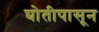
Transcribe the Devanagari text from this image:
घोतीपासून